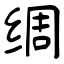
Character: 绸